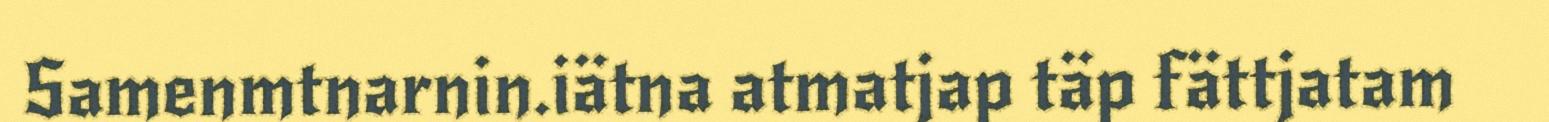
Samenmtnarnin.iätna atmatjap täp fättjatam